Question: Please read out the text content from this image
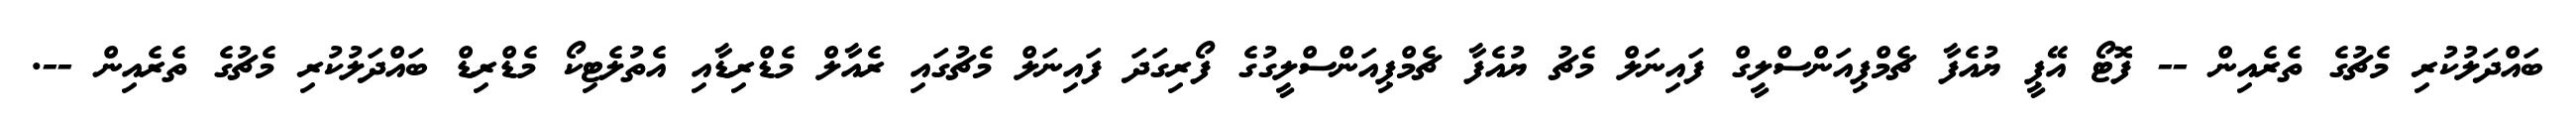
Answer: ބައްދަލުކުރި މެޗުގެ ތެރެއިން -- ފޮޓޯ އޭޕީ ޔުއެފާ ޗެމްޕިއަންސްލީގް ފައިނަލް މެޗު ޔުއެފާ ޗެމްޕިއަންސްލީގުގެ ފޯރިގަދަ ފައިނަލް މެޗުގައި ރެއާލް މެޑްރިޑާއި އެތުލެޓިކޯ މެޑްރިޑް ބައްދަލުކުރި މެޗުގެ ތެރެއިން --.